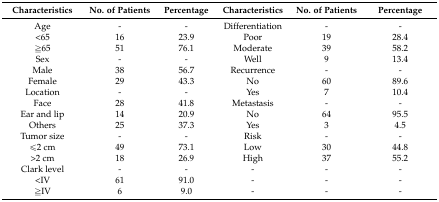
<table><thead><tr><td><b>Characteristics</b></td><td><b>No. of Patients</b></td><td><b>Percentage</b></td><td><b>Characteristics</b></td><td><b>No. of Patients</b></td><td><b>Percentage</b></td></tr></thead><tbody><tr><td>Age</td><td>-</td><td>-</td><td>Differentiation</td><td>-</td><td>-</td></tr><tr><td>&lt;65</td><td>16</td><td>23.9 </td><td>Poor</td><td>19</td><td>28.4 </td></tr><tr><td>≧65</td><td>51</td><td>76.1 </td><td>Moderate</td><td>39</td><td>58.2 </td></tr><tr><td>Sex</td><td>-</td><td>-</td><td>Well</td><td>9</td><td>13.4 </td></tr><tr><td>Male</td><td>38</td><td>56.7 </td><td>Recurrence</td><td>-</td><td>-</td></tr><tr><td>Female</td><td>29</td><td>43.3 </td><td>No </td><td>60</td><td>89.6 </td></tr><tr><td>Location</td><td>-</td><td>-</td><td>Yes </td><td>7</td><td>10.4 </td></tr><tr><td>Face</td><td>28</td><td>41.8 </td><td>Metastasis</td><td>-</td><td>-</td></tr><tr><td>Ear and lip</td><td>14</td><td>20.9 </td><td>No </td><td>64</td><td>95.5 </td></tr><tr><td>Others</td><td>25</td><td>37.3 </td><td>Yes </td><td>3</td><td>4.5 </td></tr><tr><td>Tumor size</td><td>-</td><td>-</td><td>Risk</td><td>-</td><td>-</td></tr><tr><td>≤2 cm</td><td>49</td><td>73.1</td><td>Low</td><td>30</td><td>44.8</td></tr><tr><td>&gt;2 cm</td><td>18</td><td>26.9 </td><td>High</td><td>37</td><td>55.2 </td></tr><tr><td>Clark level</td><td>-</td><td>-</td><td>-</td><td>-</td><td>-</td></tr><tr><td>&lt;IV</td><td>61</td><td>91.0 </td><td>-</td><td>-</td><td>-</td></tr><tr><td>≧IV</td><td>6</td><td>9.0 </td><td>-</td><td>-</td><td>-</td></tr></tbody></table>